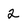
Character: 2